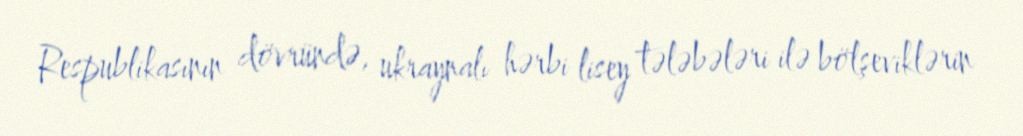
Respublikasının dövründə, ukraynalı hərbi lisey tələbələri ilə bölşeviklərin